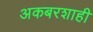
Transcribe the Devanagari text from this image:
अकबरशाही